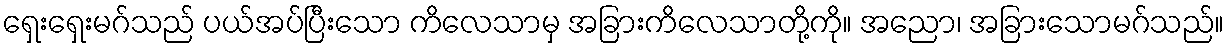
ရှေးရှေးမဂ်သည် ပယ်အပ်ပြီးသော ကိလေသာမှ အခြားကိလေသာတို့ကို။ အညော၊ အခြားသောမဂ်သည်။